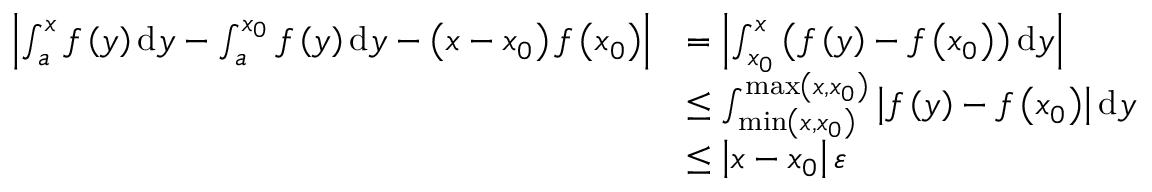
\begin{array} { r l } { \left| \int _ { a } ^ { x } { f \left( y \right) \mathrm { d } y } - \int _ { a } ^ { x _ { 0 } } { f \left( y \right) \mathrm { d } y } - \left( x - x _ { 0 } \right) f \left( x _ { 0 } \right) \right| } & { = \left| \int _ { x _ { 0 } } ^ { x } { \left( f \left( y \right) - f \left( x _ { 0 } \right) \right) \mathrm { d } y } \right| } \\ & { \leq \int _ { \operatorname* { m i n } \left( x , x _ { 0 } \right) } ^ { \operatorname* { m a x } \left( x , x _ { 0 } \right) } { \left| f \left( y \right) - f \left( x _ { 0 } \right) \right| \mathrm { d } y } } \\ & { \leq \left| x - x _ { 0 } \right| \varepsilon } \end{array}